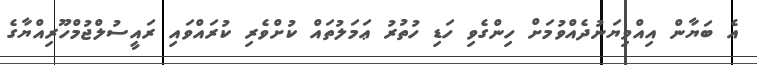
އެ ބަޔާން އިއްވިޔަނުދެއްވުމަށް ހިންގެވި ހަޑި ހުތުރު ޢަމަލުތައް ކުށްވެރި ކުރައްވައި ރައީސުލްޖުމްހޫރިއްޔާގެ